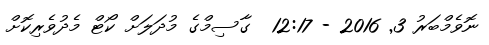
ނޮވެމްބަރު 3